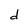
Character: d